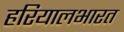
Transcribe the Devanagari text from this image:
हरियालभारत